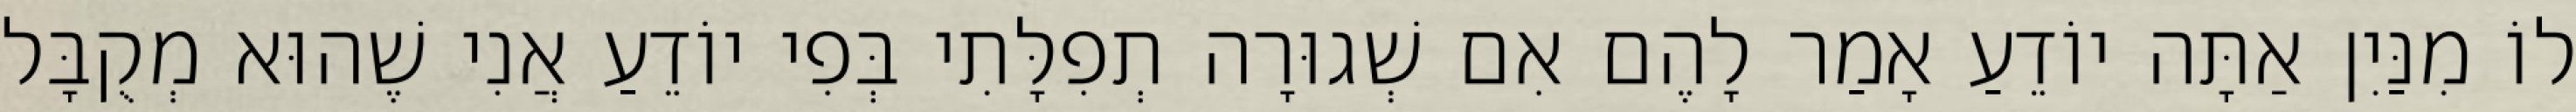
לוֹ מִנַּיִן אַתָּה יוֹדֵעַ אָמַר לָהֶם אִם שְׁגוּרָה תְפִלָּתִי בְּפִי יוֹדֵעַ אֲנִי שֶׁהוּא מְקֻבָּל